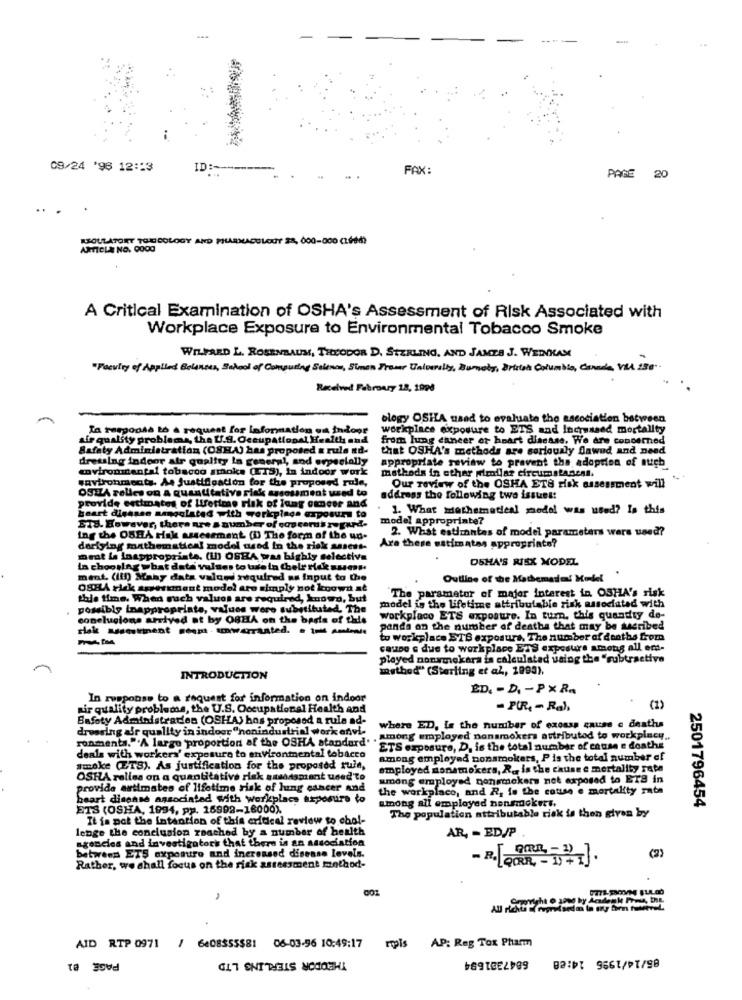
09/24 '96 12:13
ID :-
FAX:
PAGE 20
...
REGULATORY TOXICOLOGY AND PHARMACOLOGY 28, 000-000 (1664)
ARTICLE NO. 0000
A Critical Examination of OSHA's Assessment of Risk Associated with
Workplace Exposure to Environmental Tobacco Smoke
WILFRED L. ROSENBAUM, THEODOR D. STERLING, AND JAMES J. WEINKAM
"Faculty of Applied Balances, School of Computing Solinca, Simon Preme University, Zumaly, British Columbia, Canada, VEL 130".
Received Fabroury 18, 1998
ology OSHA used to evaluate the association between
Ta responda to a request for information on indoor workplace exposure to ETS and Increased mortality
air quality problems, the U.S. Occupational Health and
from lung cancer or heart disease. We are concerned
Safety Administration (OSHA) has proposed a rule ad-
that OSHA's methods are seriously flawed and need
dressing indoor air quality in general, and especially appropriate review to prevent the adoption of auch
environmental tobacco smoke (LTS), In indoor work
methods in other pirodlaz circumstances.
wavironments. As Justification for the proposed rule,
OSEZA relies on a quantitative risk assessment used to
Our review of the OSHA ETS risk assessment will
address the following two issues:
provide estimates of liferime risk of lung cancer and
1. What mathematical model was used? Is this
heart digasse mengulated with workpings exposure to
model appropriate?
STS. However, there are a number of cos corus rugurd.
2. What estimates of model parameters wers used?
ing the OSBA Hak assessment (D) The form of the un.
derlying mathematic ! model used in the risk assess-
Are these satimatas appropriate?
Brat la inappropriate. (In) OSEA was highly selectiva
DSHA'S RISK MODEL
In chooslag what data valses to use in thelr Mak sums
ment (it) Many data valor required as input to the
Outline of the Mathematland! Model
OSHA rick speriment model are simply not known ně
The parameter of major interest in OSHA's risk
this time. When euch values are required, known, but
possibly inappropriate, values were substituted, The
model is the lifetime attributable risk associated with
conclusions arrived at by OBHA on the basis of this
workplace ETS exposure. In turn, this quandty de-
panda on the number of deatha that may be secribed
to workplace STS exposure. The number of deaths from
cause e due to workplace ETS exposure among all em-
played nonamekara is calculated using the "subtractiva
method" (Sterling et al, 1993).
INTRODUCTION
ED. - D. - PX R.
In response to a request for information on indoor
air quality problems, the U.S. Occupational Health and
- PUR, - Rah,
(2)
Safety Administration (OSHA) hos proposed a rule ad-
dressing afr quality in indoor "nonindustrial work onvi-
where ED, Is the number of exosss cause e deaths
ronmenta.""A largo proportion of the OSHA standard. . Among employed nonsmokers attributed to workplacy ..
ETS exposure, D. is the total number of cause e deaths
deals with workers' exposure to environmental tobacco
among employed nonsmokers, Pis the total number of
smoke (ETS). As justification for the proposed rule,
employed nonsmokers, R. is the cause e mortality rapa
OSHA relies on a quantitative risk smandsmant used to
among employed nonsmokers net exposed to ETS in
provide autimates of lifetime risk of lung cancer and
the workplace, and R, is the cotto e mortality rate
heart disease associated with workplace arposure to
among all employed nonsmokert.
ETS (OSHA, 1994, pp. 16902-16000).
2501796454
It is not the intention of this critical review to obol-
The population attributable risk is then given by
lenge the conclusion reached by a number of health
AR, - ED/P
agencies and investigators that there is an association
between ETS exposure and increased disease levels.
(2)
Rather, we shall focus on the risk assessment method-
Grovight o smo by Acadenke Prud, DIL
AID RTP 0971 / 6408555$81 06-03-96 10:49:17 rppis AP: Reg Tox Pharm
PAGE @1
THEODOR STERLING LTD
6847381694
85/14/1996 14:28